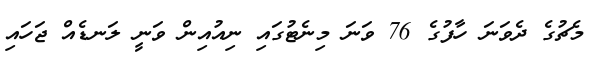
މެޗުގެ ދެވަނަ ހާފުގެ 76 ވަނަ މިނެޓުގައި ނިއުއިން ވަނީ ލަނޑެއް ޖަހައި